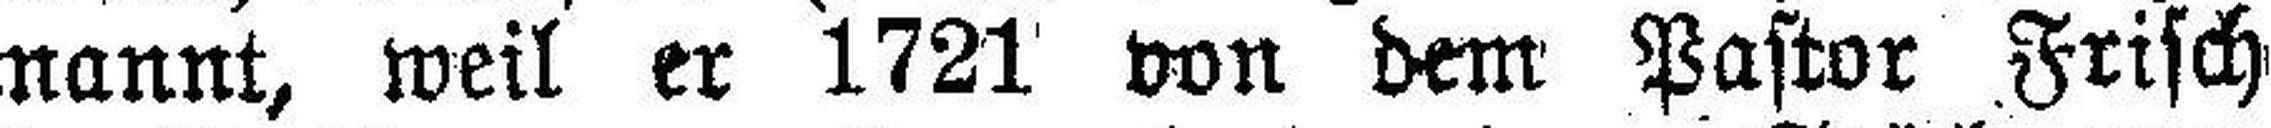
nannt, weil er 1721 von dem Pastor Frisch